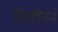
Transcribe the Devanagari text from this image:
पेंग्वीनने